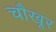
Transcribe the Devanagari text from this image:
चौखूर